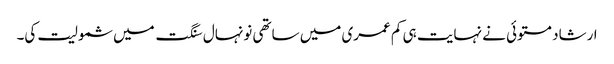
ارشاد مستوئی نے نہایت ہی کم عمری میں ساتھی نونہال سنگت میں شمولیت کی۔